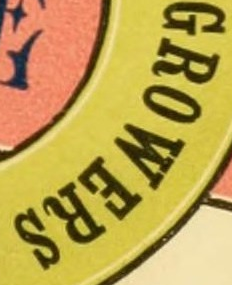
GROWERS